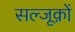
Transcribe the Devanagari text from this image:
सल्जूक़ों